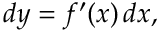
d y = f ^ { \prime } ( x ) \, d x ,